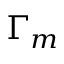
\Gamma _ { m }